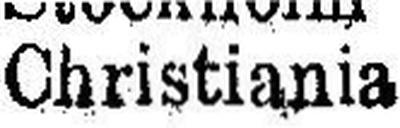
Christiania